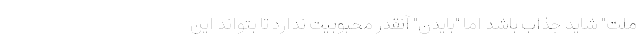
ملت" شاید جذاب باشد اما "بایدن" آنقدر محبوبیت ندارد تا بتواند این